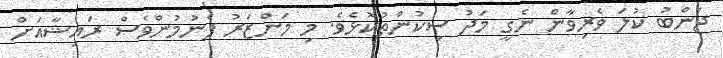
ޖަންބު ކުލަ ވެރިވާން ނެގީ މަދު ސިކުންތުކޮޅެވެ. މި މަންޒަރު ފެނުމުންވެސް ރައިޝާއަށް